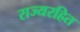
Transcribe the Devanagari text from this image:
राज्यरहित